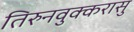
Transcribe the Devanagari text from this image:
तिरुनवुक्करासु